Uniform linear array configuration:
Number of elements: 64
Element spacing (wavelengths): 0.75
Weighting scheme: uniform
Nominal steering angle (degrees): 60
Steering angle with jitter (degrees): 61.635
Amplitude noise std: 0.05
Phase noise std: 0.05

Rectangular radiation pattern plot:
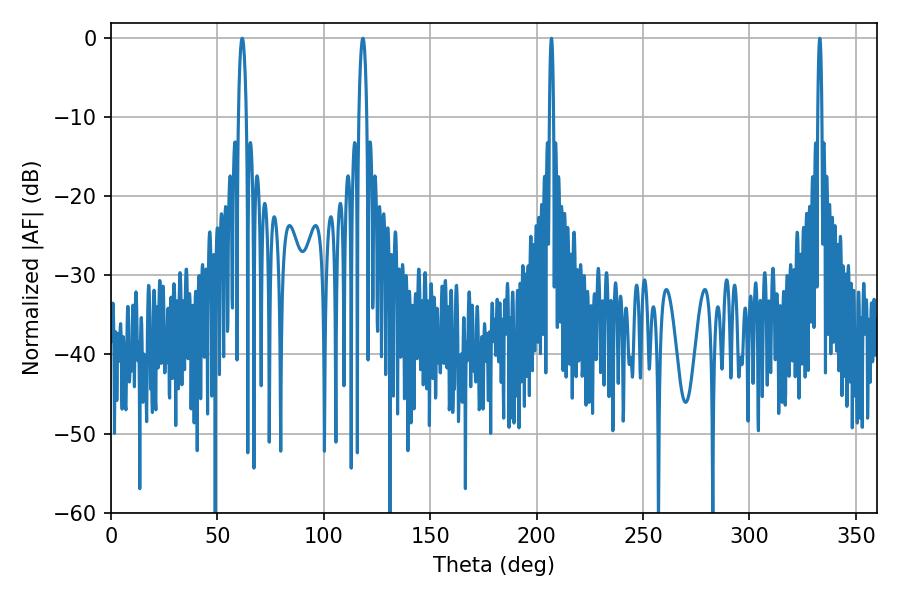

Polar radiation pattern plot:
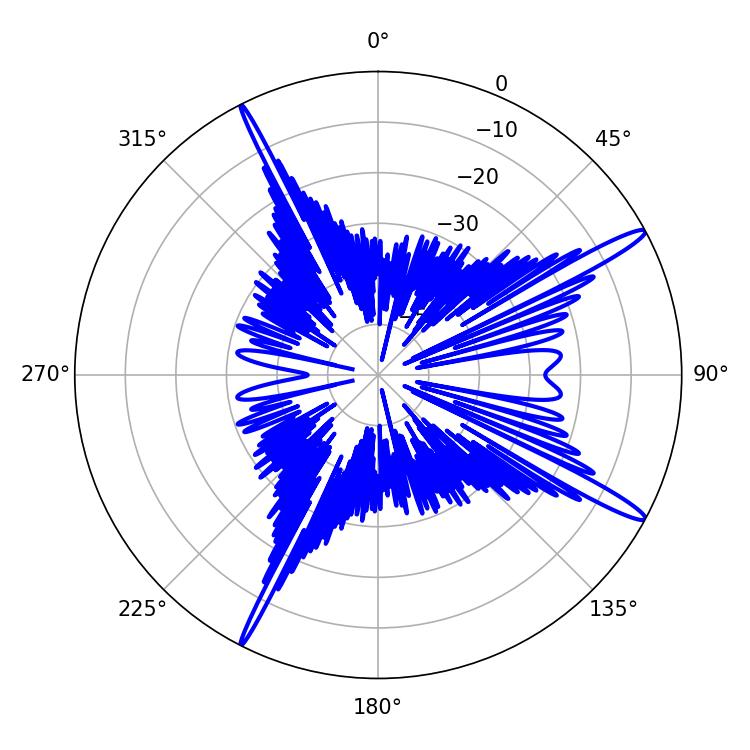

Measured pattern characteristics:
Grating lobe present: TRUE
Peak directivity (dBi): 15.496
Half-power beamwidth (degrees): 1.08
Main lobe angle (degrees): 207